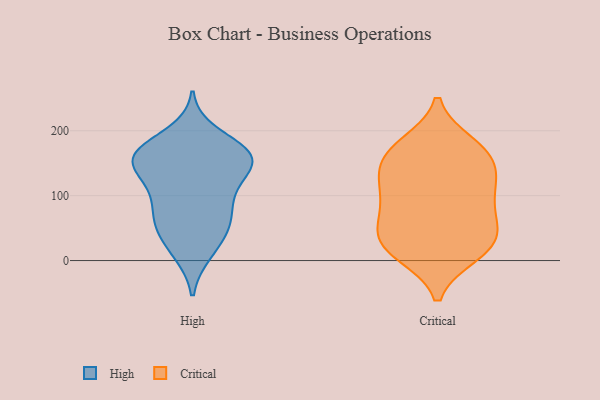
{"axis": {"x": "Net Income (USD K)", "y": "Value"}, "legend": ["Critical", "High"], "data": [{"x": "", "y": 52, "type": "High"}, {"x": "", "y": 141, "type": "High"}, {"x": "", "y": 57, "type": "High"}, {"x": "", "y": 62, "type": "High"}, {"x": "", "y": 115, "type": "High"}, {"x": "", "y": 156, "type": "High"}, {"x": "", "y": 195, "type": "High"}, {"x": "", "y": 15, "type": "High"}, {"x": "", "y": 164, "type": "High"}, {"x": "", "y": 156, "type": "High"}, {"x": "", "y": 86, "type": "High"}, {"x": "", "y": 164, "type": "High"}, {"x": "", "y": 149, "type": "High"}, {"x": "", "y": 49, "type": "High"}, {"x": "", "y": 110, "type": "High"}, {"x": "", "y": 12, "type": "High"}, {"x": "", "y": 167, "type": "High"}, {"x": "", "y": 160, "type": "High"}, {"x": "", "y": 166, "type": "High"}, {"x": "", "y": 96, "type": "High"}, {"x": "", "y": 23, "type": "Critical"}, {"x": "", "y": 166, "type": "Critical"}, {"x": "", "y": 23, "type": "Critical"}, {"x": "", "y": 104, "type": "Critical"}, {"x": "", "y": 39, "type": "Critical"}, {"x": "", "y": 140, "type": "Critical"}, {"x": "", "y": 62, "type": "Critical"}, {"x": "", "y": 116, "type": "Critical"}, {"x": "", "y": 61, "type": "Critical"}, {"x": "", "y": 178, "type": "Critical"}, {"x": "", "y": 119, "type": "Critical"}, {"x": "", "y": 169, "type": "Critical"}, {"x": "", "y": 86, "type": "Critical"}, {"x": "", "y": 19, "type": "Critical"}, {"x": "", "y": 11, "type": "Critical"}, {"x": "", "y": 159, "type": "Critical"}]}